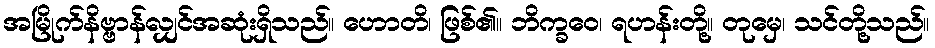
အမြိုက်နိဗ္ဗာန်လျှင်အဆုံးရှိသည်။ ဟောတိ၊ ဖြစ်၏။ ဘိက္ခဝေ၊ ရဟန်းတို့။ တုမှေ၊ သင်တို့သည်။